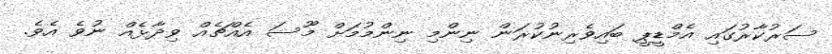
ސަރުކާރުގައި އެމްޑީޕީ ބައިވެރިނުކުރަން ނިންމި ނިންމުމަށް މޫސަ އެއްޗެއް ވިދާޅެއް ނުވެ އެވެ.